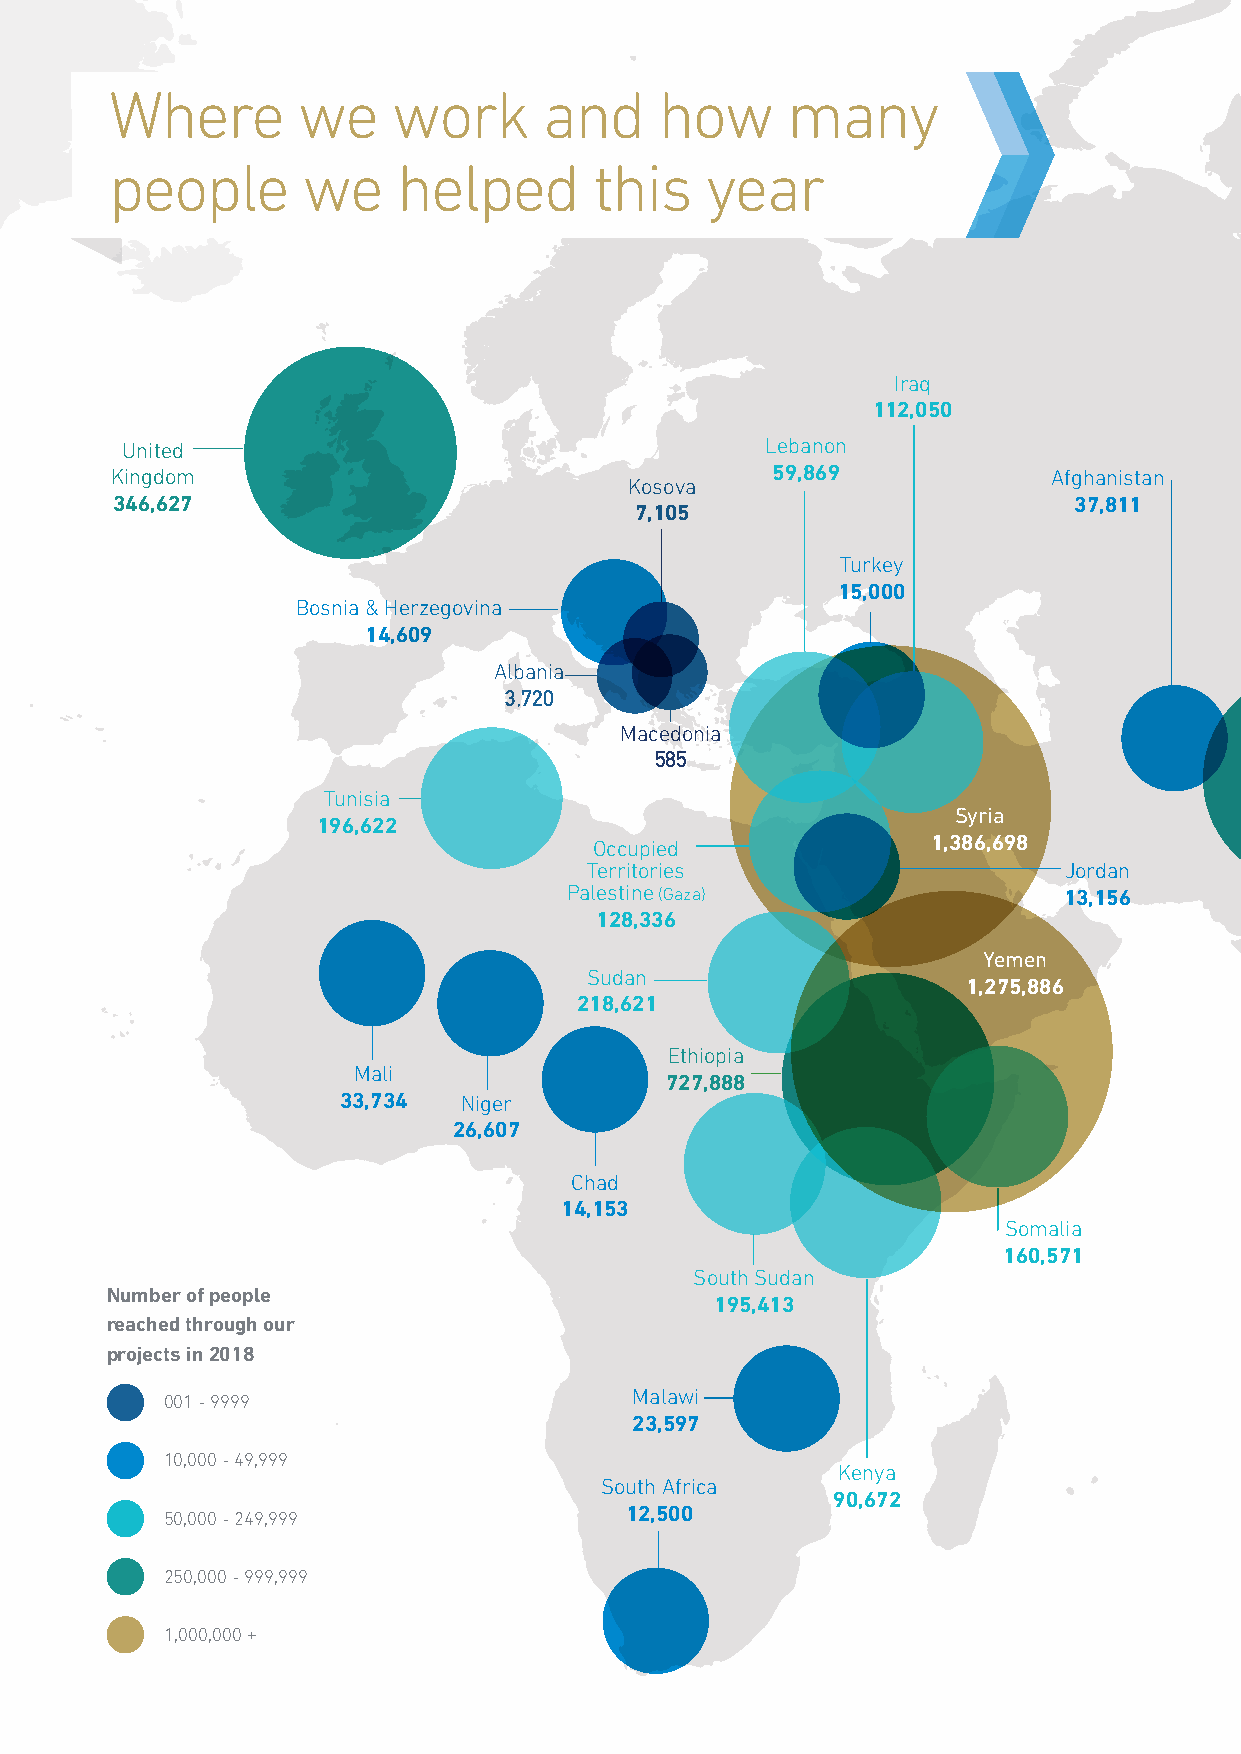
Where        we    work      and     how     many
 people       we    helped       this    year
 Iraq
 112,050
 United                                     Lebanon
 Kingdom                                     59,869             Afghanistan
 Kosova
 346,627                                                         37,811
 7,105
 Turkey
 15,000
 Bosnia & Herzegovina
 14,609
 Albania
 3,720
 Macedonia
 585
 Tunisia
 Syria
 196,622
 Occupied               1,386,698
 Territories                    Jordan
 Palestine (Gaza)                 13,156
 128,336
 Yemen
 Sudan
 1,275,886
 218,621
 Ethiopia
 Mali
 727,888
 33,734  Niger
 26,607
 Chad
 14,153
 Somalia
 160,571
 South Sudan
 Number of people
 195,413
 reached through our
 projects in 2018
 Malawi
 001 - 9999
 23,597
 10,000 - 49,999
 Kenya
 South Africa
 90,672
 50,000 - 249,999              12,500
 250,000 - 999,999
 1,000,000 +